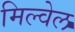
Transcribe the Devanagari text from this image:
मिल्वेल